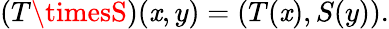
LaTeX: (T\timesS)(\mathit{x},y)=(T(\mathit{x}),S(y)).